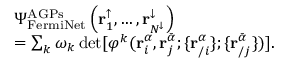
\begin{array} { r l } & { \Psi _ { \mathrm { F e r m i N e t } } ^ { \mathrm { A G P s } } \left( \mathbf { r } _ { 1 } ^ { \uparrow } , \dots , \mathbf { r } _ { N ^ { \downarrow } } ^ { \downarrow } \right) } \\ & { = \sum _ { k } \omega _ { k } \operatorname* { d e t } [ \varphi ^ { k } ( \mathbf { r } _ { i } ^ { \alpha } , \mathbf { r } _ { j } ^ { \bar { \alpha } } ; \{ \mathbf { r } _ { / i } ^ { \alpha } \} ; \{ \mathbf { r } _ { / j } ^ { \bar { \alpha } } \} ) ] . } \end{array}